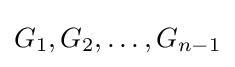
G_{1},G_{2},\dots ,G_{n-1}